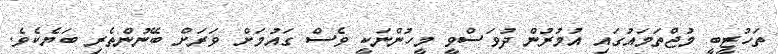
ތަހުޒީބީ މުޖްތަމައުގައި އުމުރުން ދުވަސްވީ މީހުންނަކީ ވެސް ގައުމަށް ވަރަށް ބޭނުންތެރި ބަޔެކެވެ.